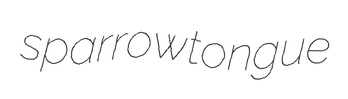
sparrowtongue